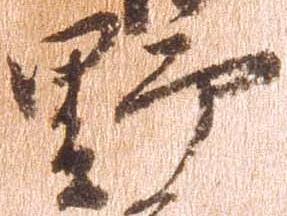
野